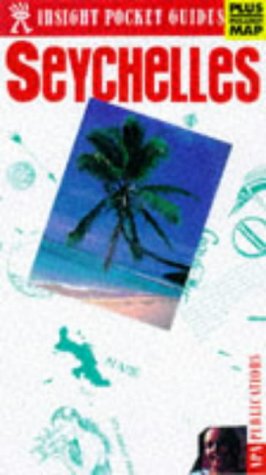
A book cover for Seychelles Insight Pocket Guide; Travel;